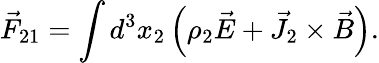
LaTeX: \vec{F}_{21}=\int d^{3}x_{2}\left(\rho_{2}\vec{E}+\vec{J}_{2}\times\vec{B}\right).